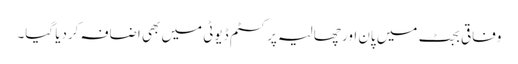
وفاقی بجٹ میں پان اور چھالیہ پر کسٹم ڈیوٹی میں بھی اضافہ کردیا گیا۔